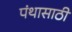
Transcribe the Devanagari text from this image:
पंथासाठी